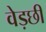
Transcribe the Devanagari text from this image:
वेड़छी